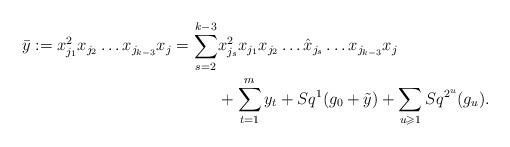
LaTeX: \begin{align*}\bar y := x_{j_1}^2x_{j_2}\ldots x_{j_{k-3}}x_j = \sum_{s=2}^{k-3}&x_{j_s}^2x_{j_1}x_{j_2}\ldots \hat x_{j_s}\ldots x_{j_{k-3}}x_j\\ &+\sum_{t=1}^m y_t + Sq^1(g_0+\tilde y) + \sum_{u\geqslant 1} Sq^{2^u}(g_u).\end{align*}